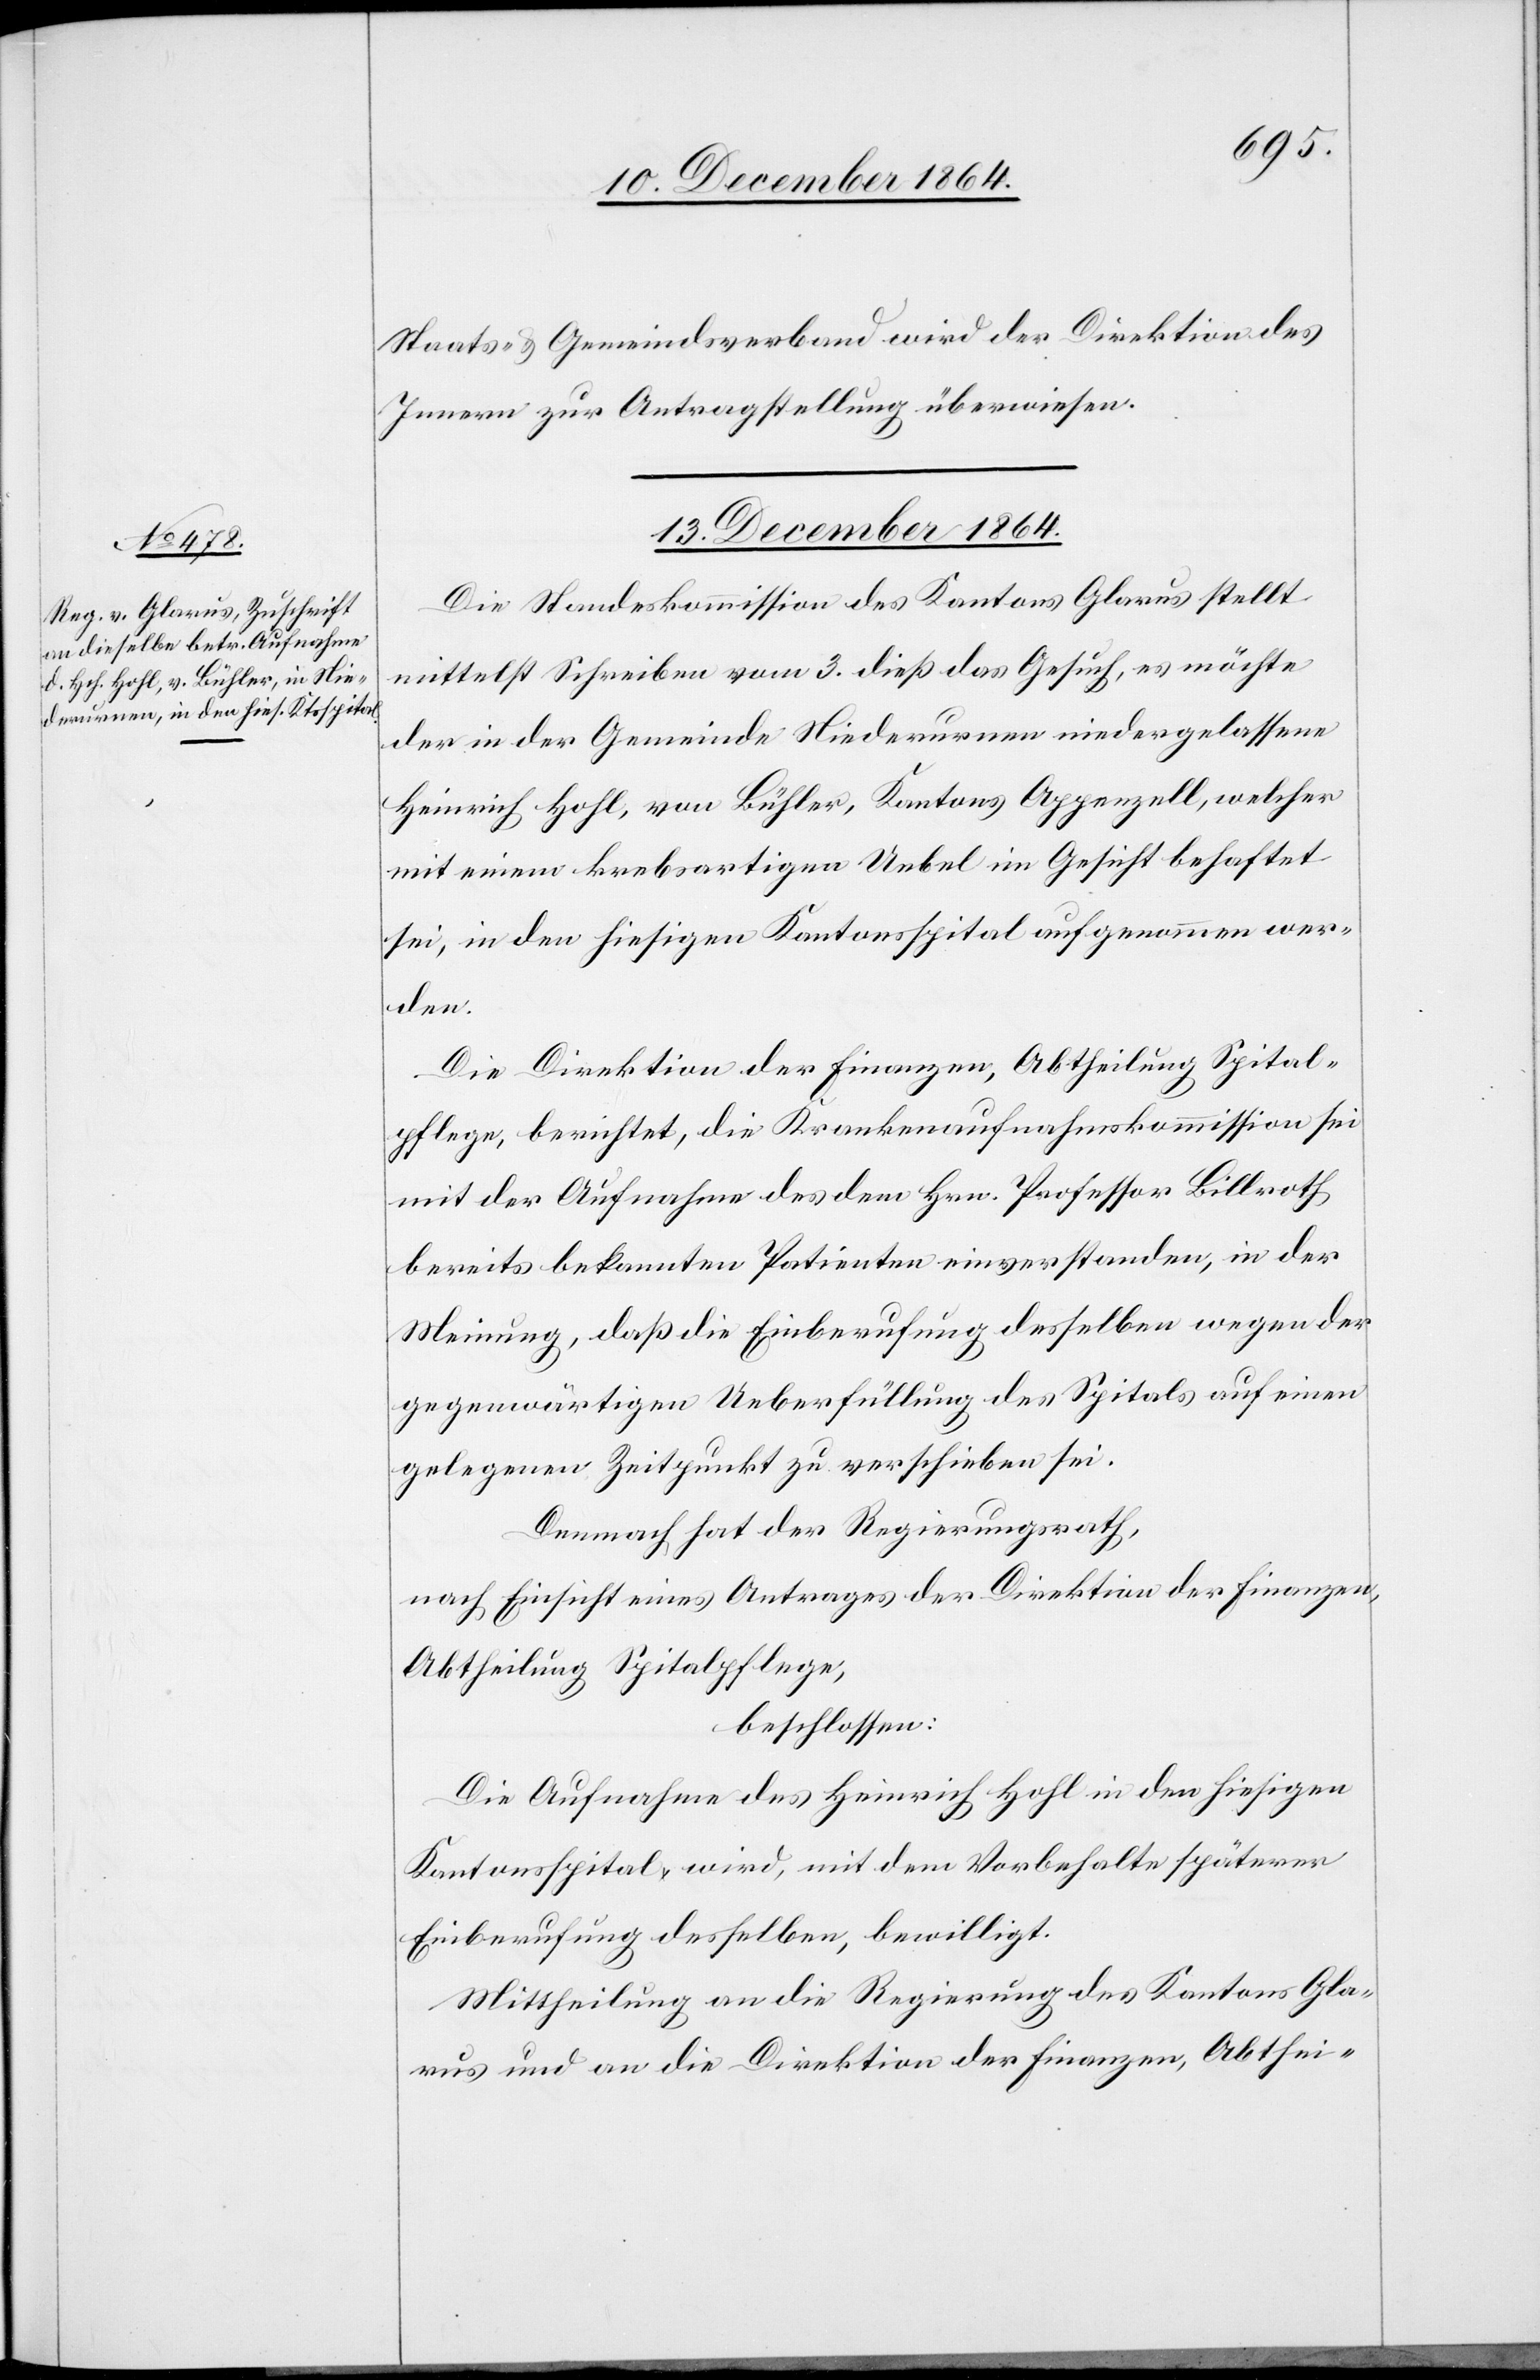
Staats- & Gemeindeverband wird der Direktion des
Innern zur Antragstellung überwiesen.
13. December 1864.
Die Standeskommission des Kantons Glarus stellt
mittelst Schreiben vom 3. dieß das Gesuch, es möchte
der in der Gemeinde Niederurnen niedergelassene
Heinrich Hohl, von Bühler, Kantons Appenzell, welcher
mit einem krebsartigen Uebel im Gesicht behaftet
sei, in den hiesigen Kantonsspital aufgenommen wer¬
den.
Die Direktion der Finanzen, Abtheilung Spital¬
pflege, berichtet, die Krankenaufnahmskommission sei
mit der Aufnahme des dem Hrn. Professor Billroth
bereits bekannten Patienten einverstanden, in der
Meinung, daß die Einberufung desselben wegen der
gegenwärtigen Ueberfüllung des Spitals auf einen
gelegenen Zeitpunkt zu verschieben sei.
Demnach hat der Regierungsrath,
nach Einsicht eines Antrages der Direktion der Finanzen,
Abtheilung Spitalpflege,
beschlossen:
Die Aufnahme des Heinrich Hohl in den hiesigen
Kantonsspital wird, mit dem Vorbehalte späterer
Einberufung desselben, bewilligt.
Mittheilung an die Regierung des Kantons Gla¬
rus und an die Direktion der Finanzen, Abthei-